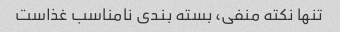
تنها نکته منفی، بسته بندی نامناسب غذاست